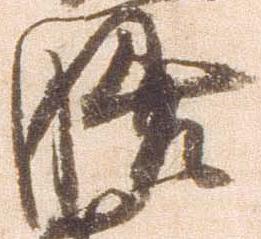
膳